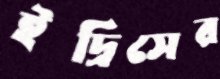
ইদ্রিসের